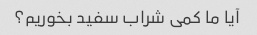
آیا ما کمی شراب سفید بخوریم؟